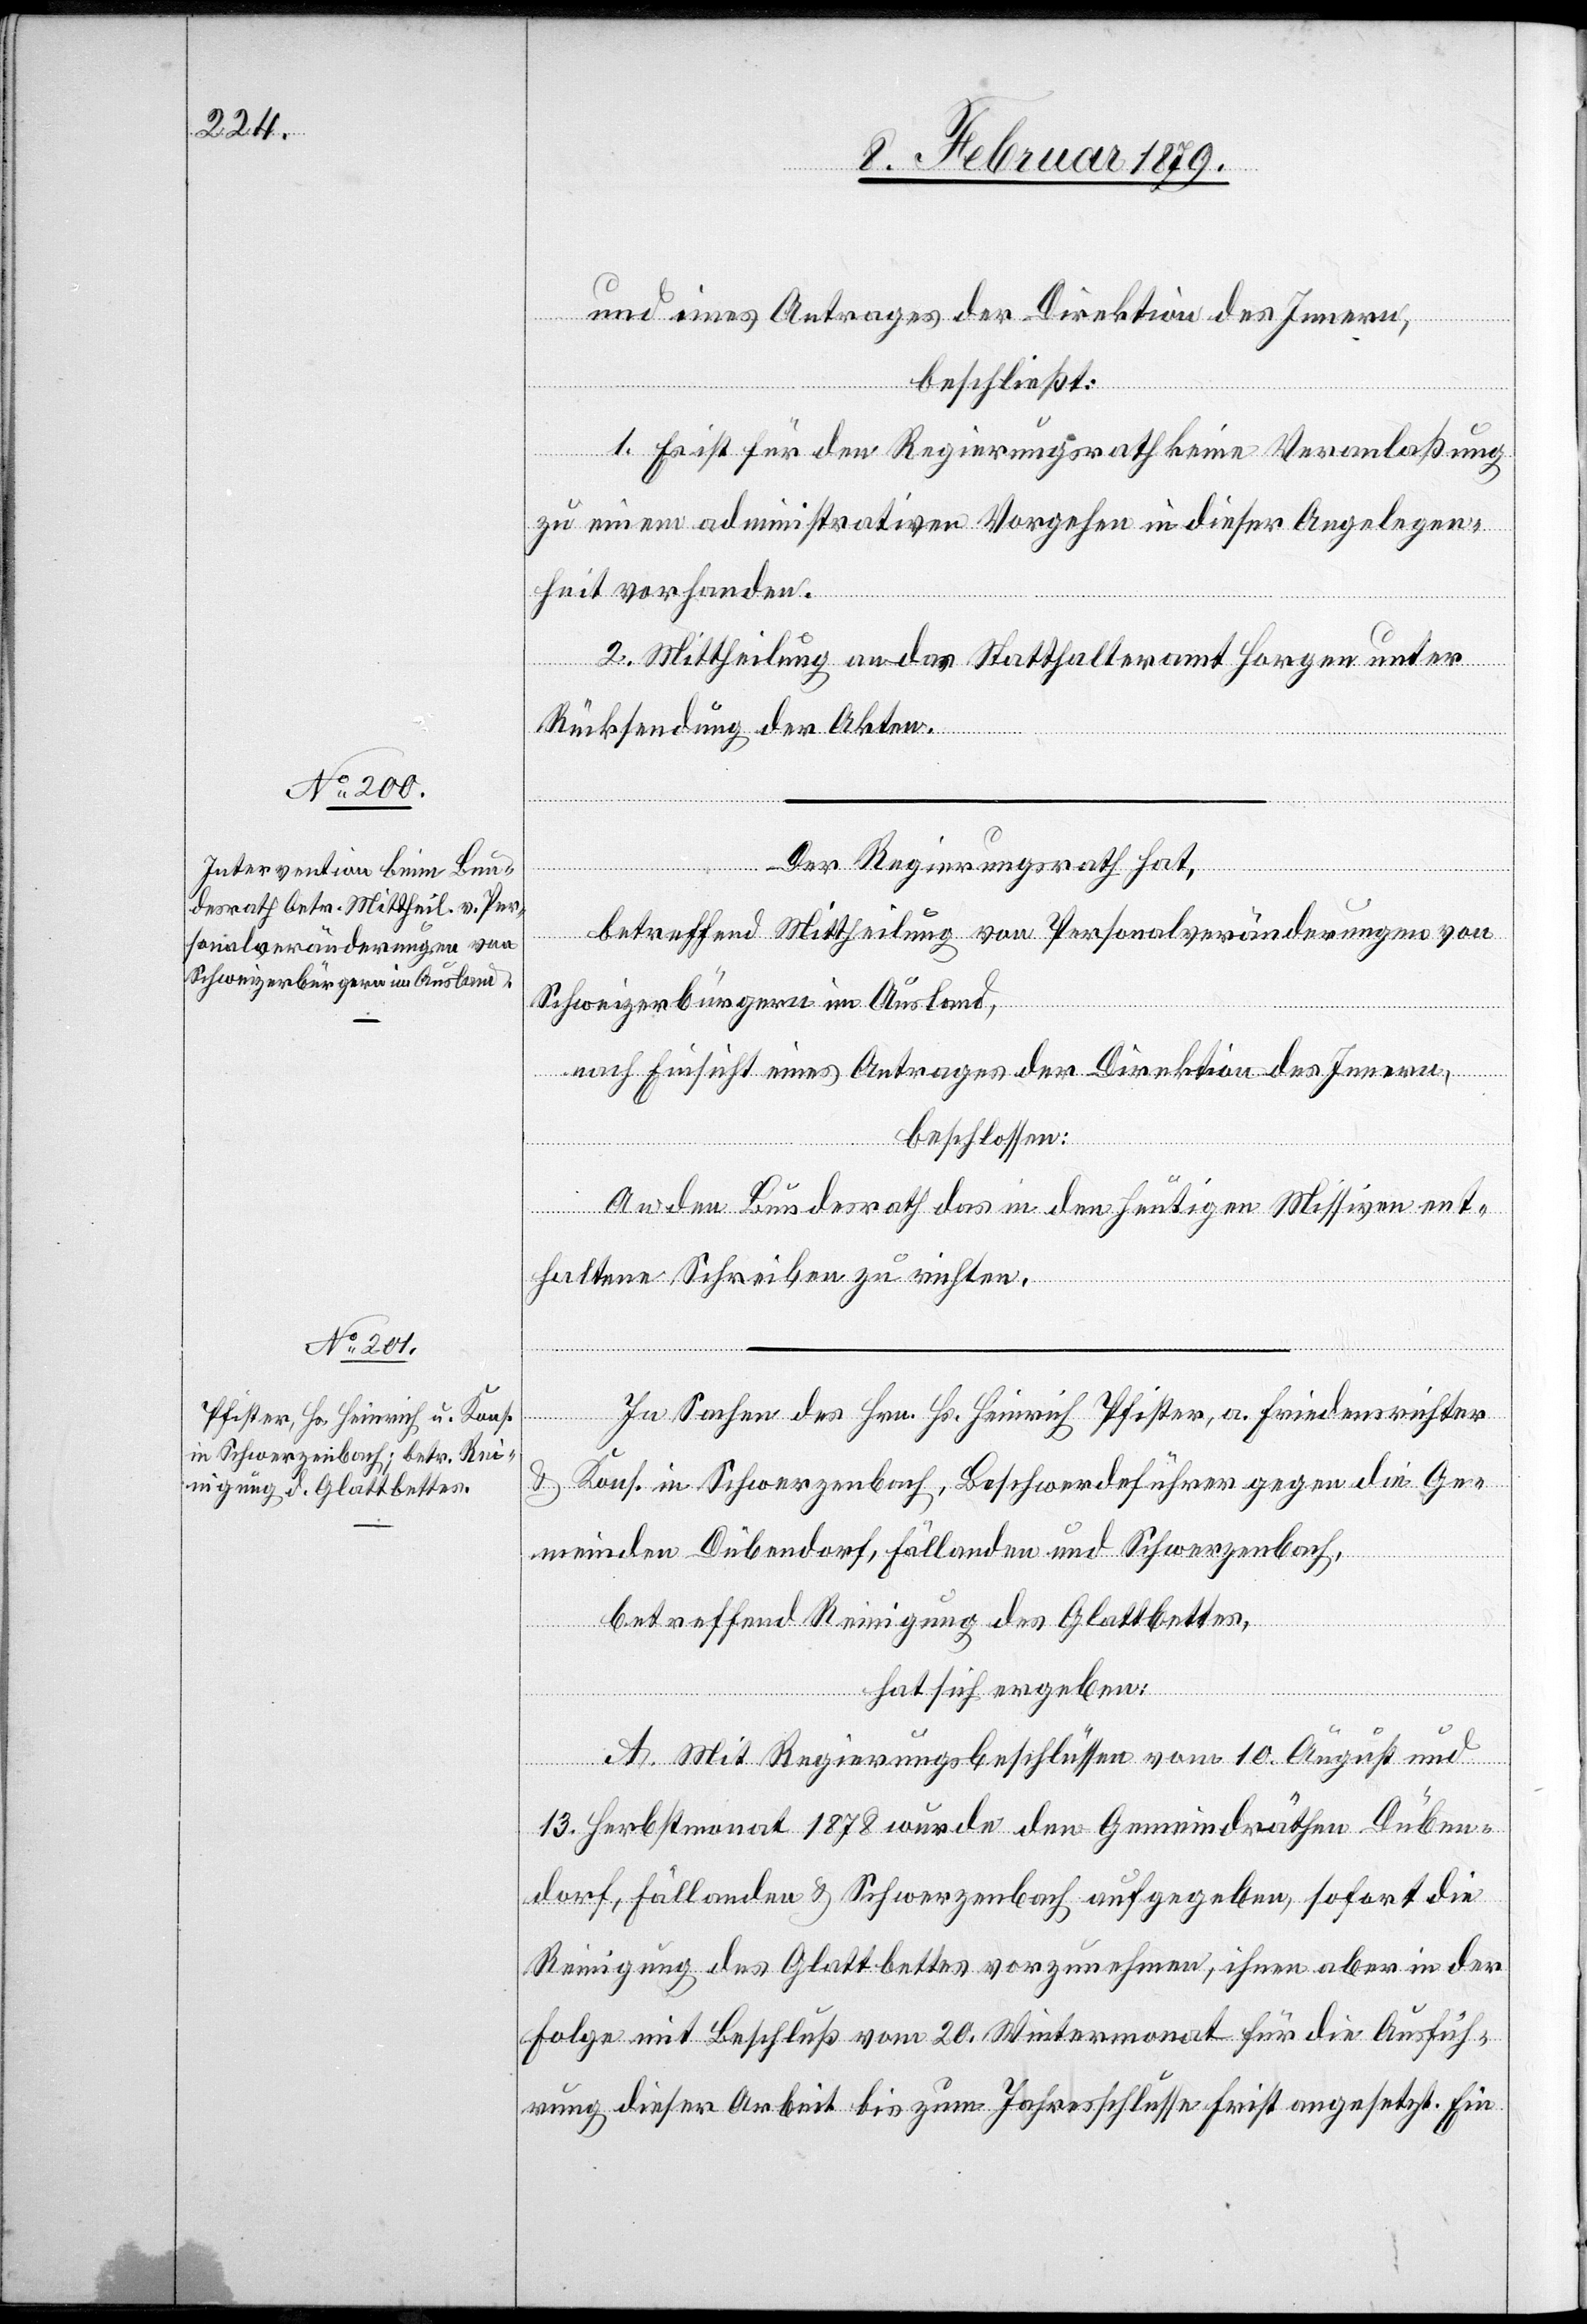
und eines Antrages der Direktion des Innern,
beschließt:
1. Es ist für den Regierungsrath keine Veranlaßung
zu einem administrativen Vorgehen in dieser Angelegen¬
heit vorhanden.
2. Mittheilung an das Statthalteramt Horgen unter
Rücksendung der Akten.
Der Regierungsrath hat,
betreffend Mittheilung von Personalveränderungen von
Schweizerbürgern im Ausland,
nach Einsicht eines Antrages der Direktion des Innern,
beschlossen:
An den Bundesrath das in den heutigen Missiven ent¬
haltene Schreiben zu richten.
In Sachen des Hrn. Hs. Heinrich Pfister, a. Friedensrichter
& Kons. in Schwerzenbach, Beschwerdeführer gegen die Ge¬
meinden Dübendorf, Fällanden und Schwerzenbach,
betreffend Reinigung des Glattbettes,
hat sich ergeben:
A. Mit Regierungsbeschlüssen vom 10. August und
13. Herbstmonat 1878 wurde den Gemeindräthen Düben¬
dorf, Fällanden & Schwerzenbach aufgegeben, sofort die
Reinigung des Glattbettes vorzunehmen, ihnen aber in der
Folge mit Beschluß vom 20. Wintermonat für die Ausfüh¬
rung dieser Arbeit bis zum Jahresschlusse Frist angesetzt. Ein